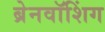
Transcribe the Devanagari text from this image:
ब्रेनवॉशिंग